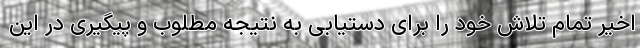
اخیر تمام تلاش خود را برای دستیابی به نتیجه مطلوب و پیگیری در این